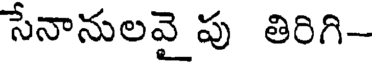
సేనానులవై పు తిరిగి-